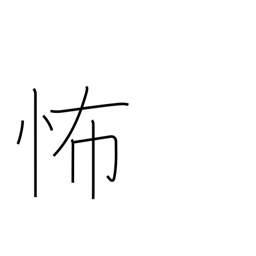
Meaning: dreadful